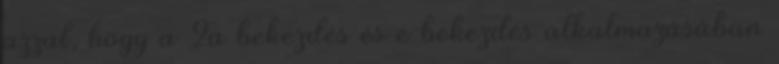
azzal, hogy a 2a bekezdés és e bekezdés alkalmazásában